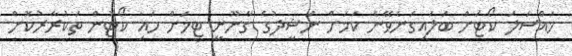
މައްސަލަ ކޯޓަށް ބަލައިގަނެވޭނެ ކަމަށް ނަޝީދުގެ ގާނޫނީ ޓީމަށް ހައި ކޯޓުން ތަކުރާރުކޮށް